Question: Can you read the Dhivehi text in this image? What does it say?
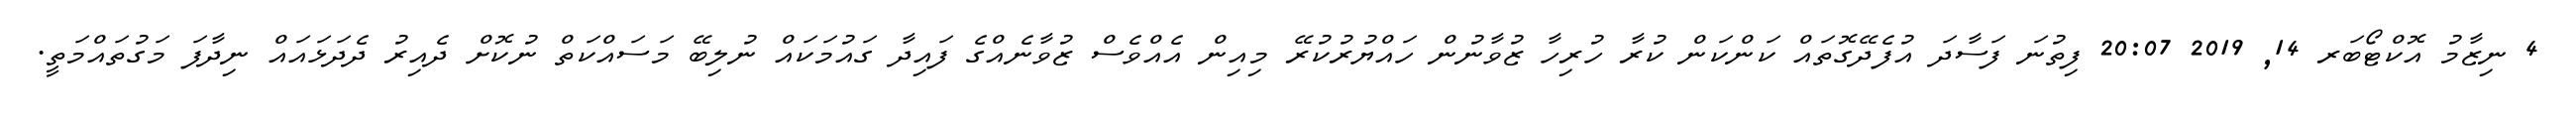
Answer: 4 ނިޒާމު އޮކްޓޯބަރ 14, 2019 20:07 ފިތުނަ ފަސާދަ އުފެދޭގޮތައް ކަންކަން ކުރާ ހުރިހާ ޒުވާނުން ހައްޔުރުކުރޭ މިއިން އެއްވެސް ޒުވާނެއްގެ ފައިދާ ގައުމަކައް ނުލިބޭ މަސައްކަތް ނުކޮށް ދެއިރު ދެދަޅައައް ނިދާފަ މަގުތައްމަތީ.